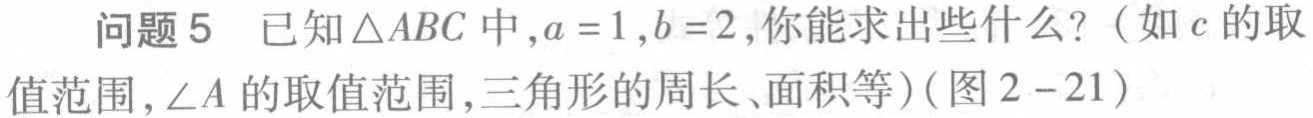
问题 5 已知\(\triangle ABC\)中，\(a = 1\)，\(b = 2\)，你能求出些什么？（如\(c\)的取
值范围，\(\angle A\)的取值范围，三角形的周长、面积等）（图 2 - 21）